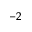
^ { - 2 }